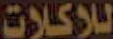
للاكلات